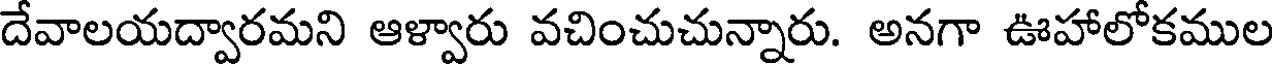
దేవాలయద్వారమని ఆళ్వారు వచించుచున్నారు. అనగా ఊహాలోకముల